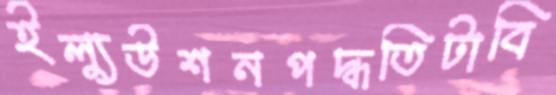
ইল্যুউশনপদ্ধতিটাবি